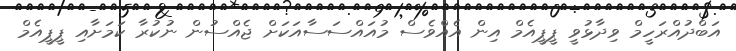
އަބްދުއްރަހީމް ވިދާޅުވީ ޕީޕީއެމް އިން އެއްވެސް މުއައްސަސާއަކަށް ޖެއްސުން ނުކުރާ ކަމަށާއި ޕީޕީއެމް